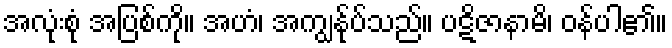
အလုံးစုံ အပြစ်ကို။ အဟံ၊ အကျွန်ုပ်သည်။ ပဋိဇာနာမိ၊ ဝန်ပါ၏။